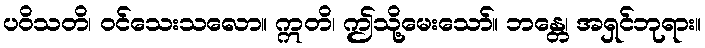
ပဝိသတိ၊ ဝင်သေးသလော။ ဣတိ၊ ဤသို့မေးသော်။ ဘန္တေ၊ အရှင်ဘုရား။